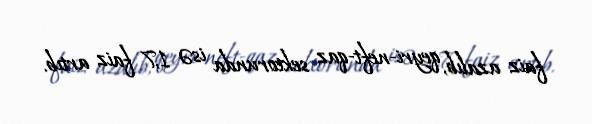
faiz azalıb, qeyri-neft-qaz sektorunda isə 1,7 faiz artıb.